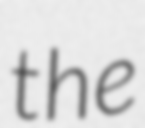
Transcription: the